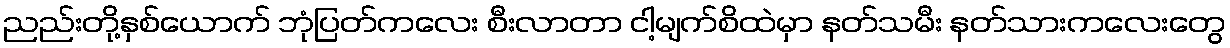
ညည်းတို့နှစ်ယောက် ဘုံပြတ်ကလေး စီးလာတာ ငါ့မျက်စိထဲမှာ နတ်သမီး နတ်သားကလေးတွေ